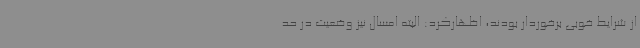
از شرایط خوبی برخوردار بودند، اظهارکرد: البته امسال نیز وضعیت در حد